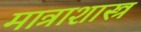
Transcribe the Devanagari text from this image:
मात्राशास्त्र